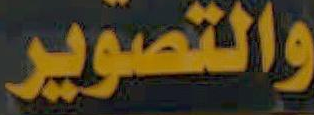
والتصوير